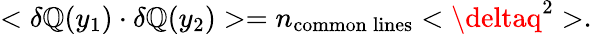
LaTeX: <\delta\mathbb{Q}(y_{1})\cdot\delta\mathbb{Q}(y_{2})>=n_{\mathrm{{common}}\: \mathrm{{lines}}}<\deltaq^{2}>.